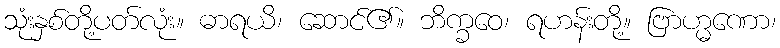
သုံးနှစ်တို့ပတ်လုံး။ ဓာရယိ၊ ဆောင်၏။ ဘိက္ခဝေ၊ ရဟန်းတို့။ ဗြာဟ္မဏော၊